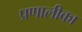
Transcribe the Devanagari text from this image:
प्रणालीका